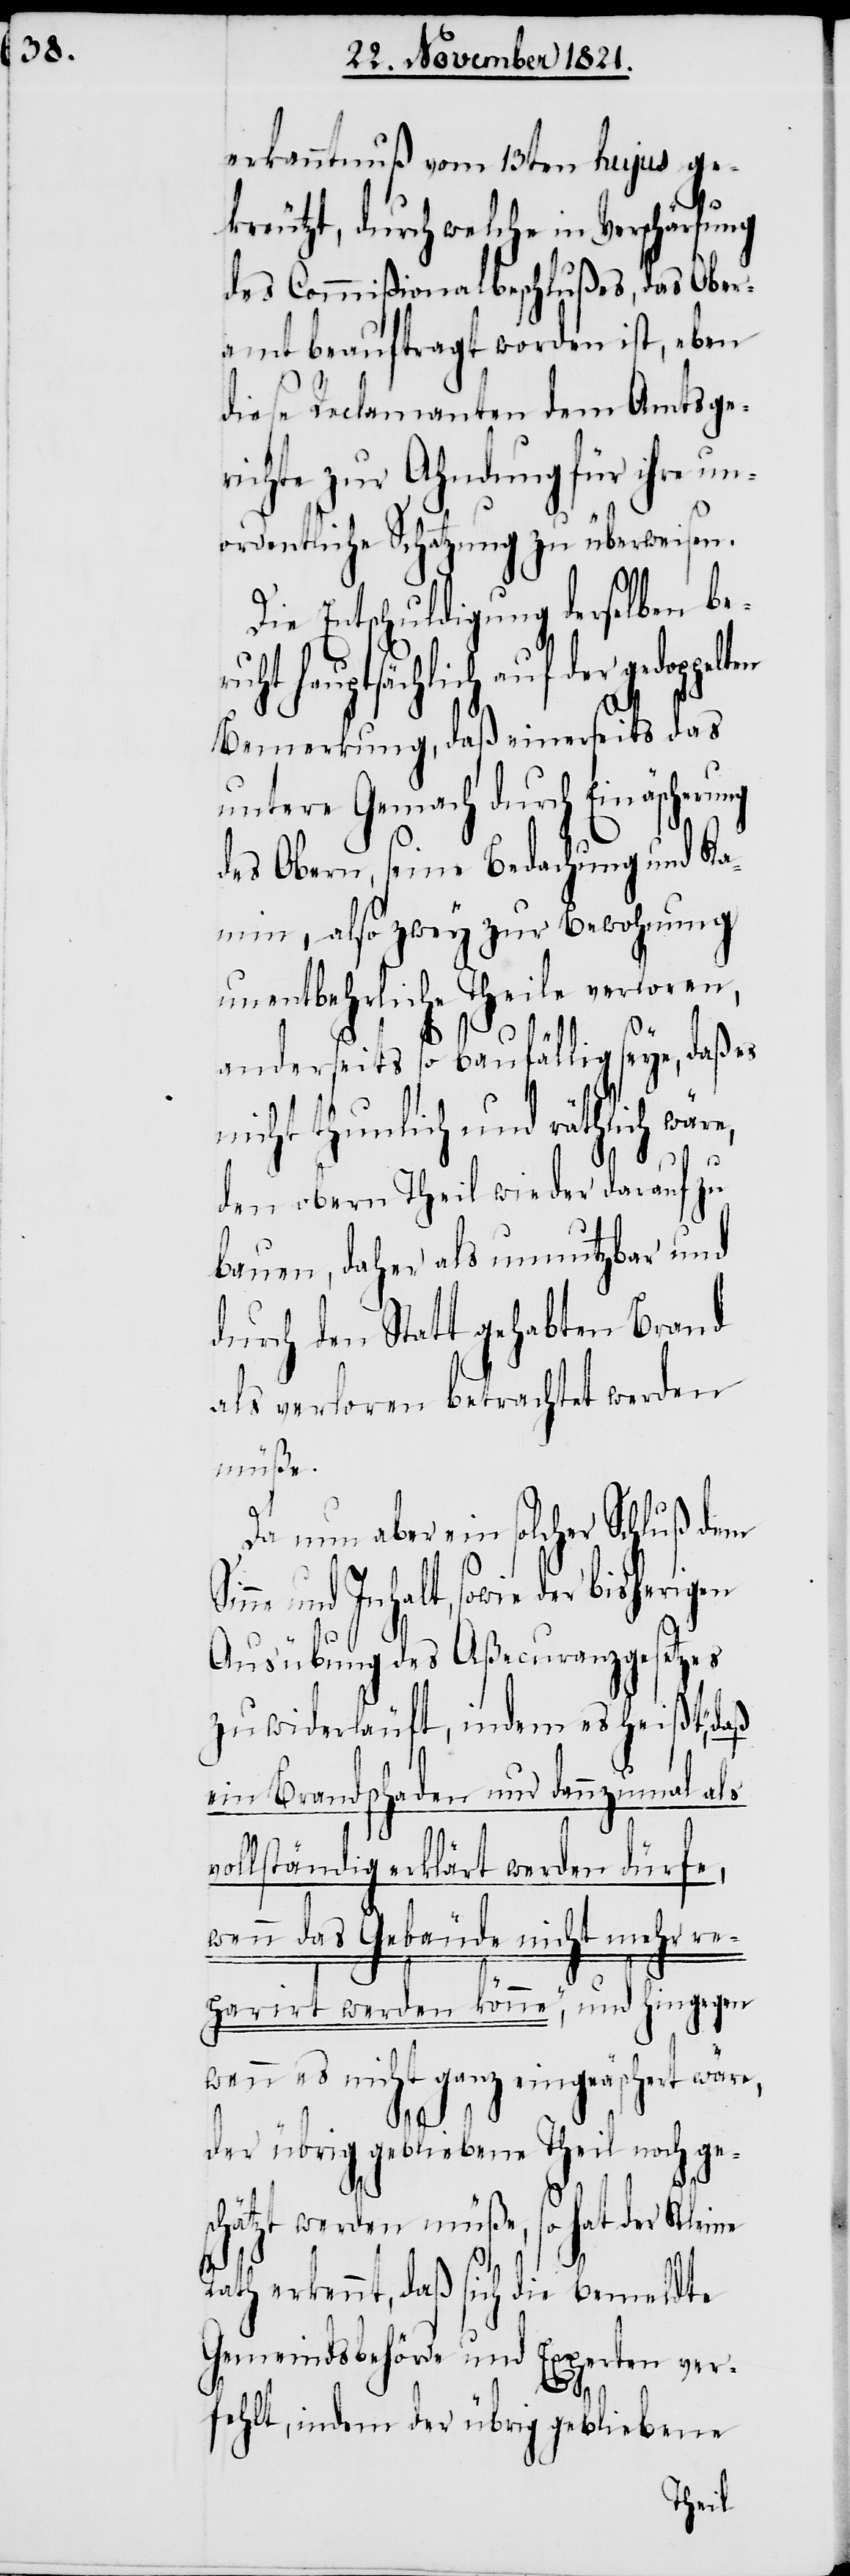
erkanntnuß vom 13ten hujus ge¬
kreutzt, durch welche in Verschärfung
des Commißionalbeschlußes, das Ober¬
amt beauftragt worden ist, eben
diese Reclamanten dem Amtsge¬
richte zur Ahndung für ihre un¬
ordentliche Schatzung zu überweisen.
Die Entschuldigung derselben be¬
ruht hauptsächlich auf der
Bemerkung, daß einerseits das
untere Gemach durch Einäscherung
des Obern, seine Bedachung und Ka¬
min, also zwey zur Bewohnung
unentbehrliche Theile verloren,
anderseits so baufällig seye, daß
nicht thunlich und räthlich wär¬
den obern Theil wieder darauf zu
bauen, daher als unnutzbar und
durch den Statt gehabten Brand
als verloren betrachtet werden
müße.
Da nun aber ein solcher Schluß dem
und Inhalt, sowie der bisherigen
Ausübung des Aßecuranzgesetzes
zuwiderläuft, indem es heißt,
ein Brandschaden nur dannzumal als
ollständig erklärt werden dürfe,
wenn das Gebäude nicht mehr re¬
parirt werden könne,“ und hingegen
wenn es nicht ganz eingeäschert wär¬
der übrig gebliebene Theil noch ges¬
chätzt werden müße, so hat der Kleine
Rath erkennt, daß sich die bemeldte
Gemeindsbehörde und Experten ver¬
e,
fehlt, indem der übrig gebliebene